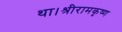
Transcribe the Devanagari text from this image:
था।श्रीरामकृष्ण